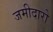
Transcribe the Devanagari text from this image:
जमीदारो